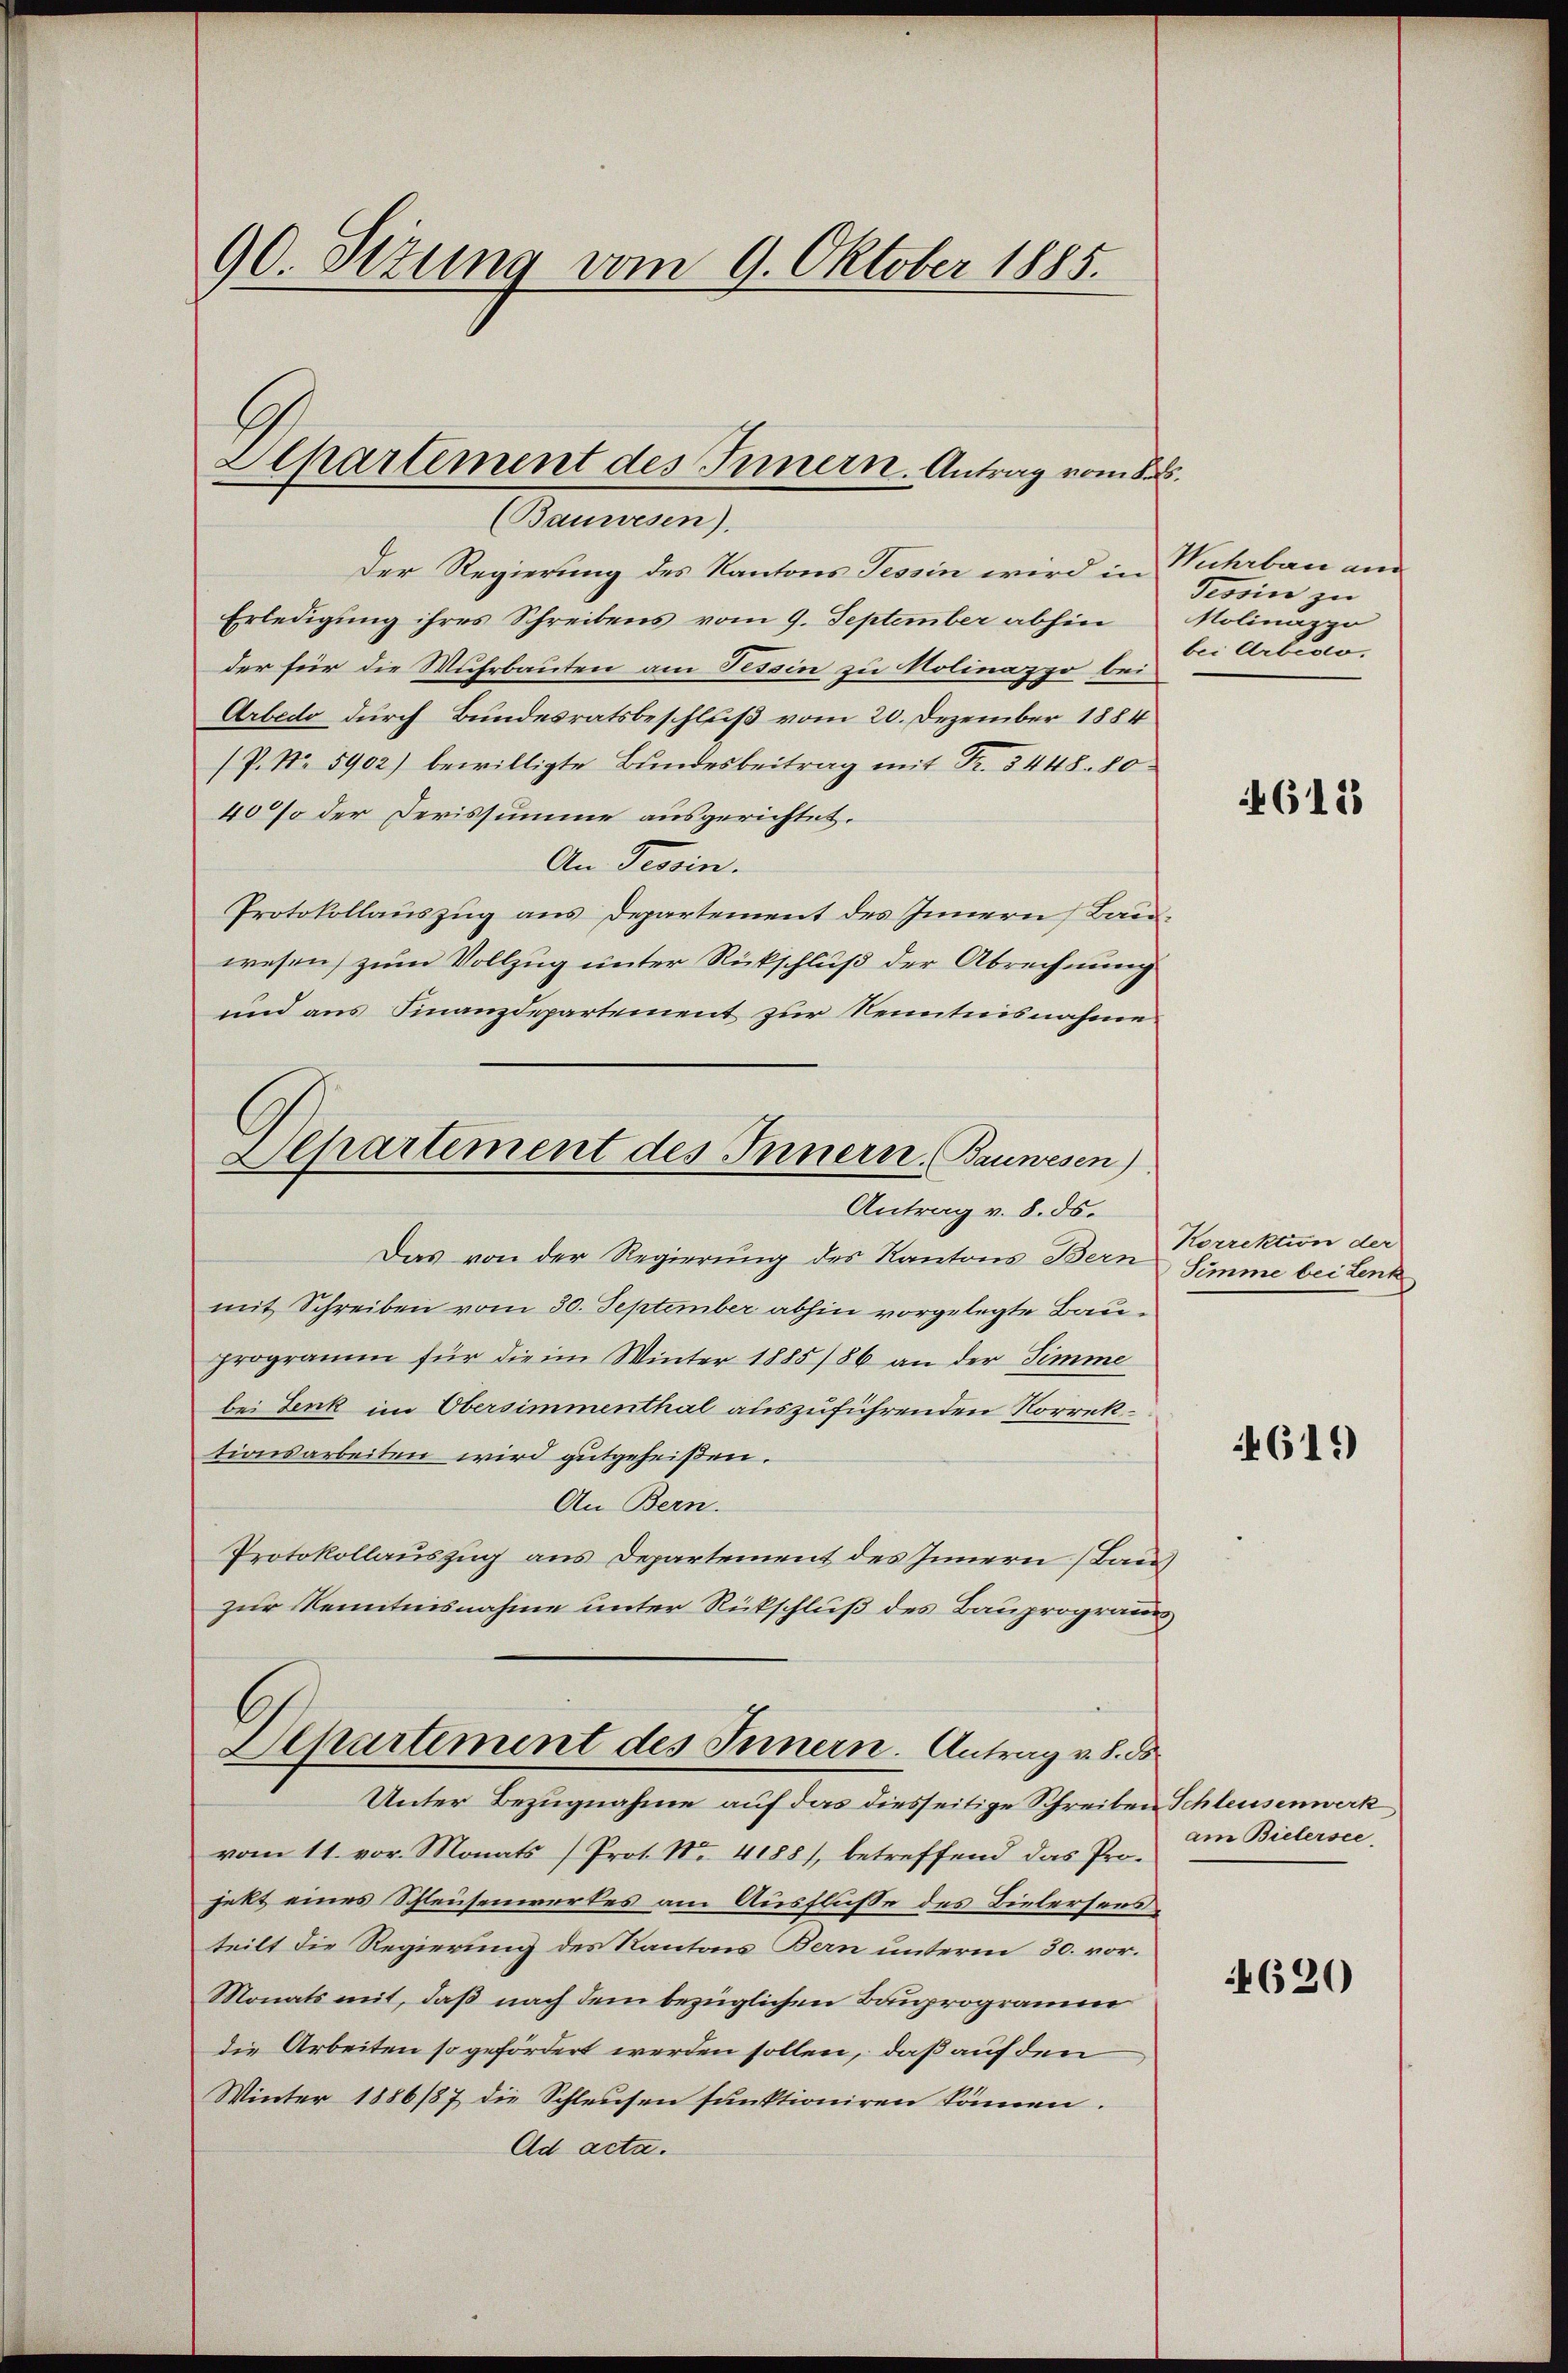
90. Sizung vom 9. Oktober 1885.

Apartement des Innern. Antrag vom S
(Bauwesen).

Der Regierung des Kantons Tessin wird in Tuhrbau an
Erledigung ihres Schreibens vom 9. September abhin
der für die Muhrbauten am Tessin zu Nolinazzo bei
Arbedo durch Bundesratsbeschluß vom 20. Dezember 1884
(P. Nr. 5902) bewilligte Bundesbeitrag mit Fr. 5448. 80
40 so der Serissumme ausgerichtet.
An Tessin.
Protokollauszug aus Departement des Innern Bauwesen zum Vollzug unter Rückschluß der Abrechnung
und aus Finanzdepartement zur Kenntnisnahme.
Departement des Innern, Bauwesen)
Antrag v. 8. ds.
Das von der Regierung des Kantons Bern Simme bei Lenk
mit Schreiben vom 30. September abhin vorgelegte Bauprogramm für die im Winter 1885/86 an der Simme
bei Lenk im Obersimmenthal auszuführenden Norrektionsarbeiten wird gutgeheißen.
An Bern.
Protokollauszug aus Departement des Innern (Bau
zur Kenntnisnahme unter Rückschluß des Bauprogramms
Departement des Innern. Antrag v. 8. ds.

Unter Bezugnahme auf das diesseitige Schreiben Schleusenwerk

vom 11. vor. Monats (Prot. No. 4188), betreffend das Projekt eines Schleusenwerkes am Ausfluße des Bielersendteilt die Regierung des Kantons Bern unterm 30. vor.
Monats mit, daß nach dem bezüglichen Bauprogramm
die Arbeiten so gefördert werden sollen, daß auf den
Winter 1886/87 die Schleusen funktioniren können.
Ad acta.

Tessin zu
Holinazzo
bei Arbiow.

4612

Korrektion der

4619)

am Bielersee,

4620